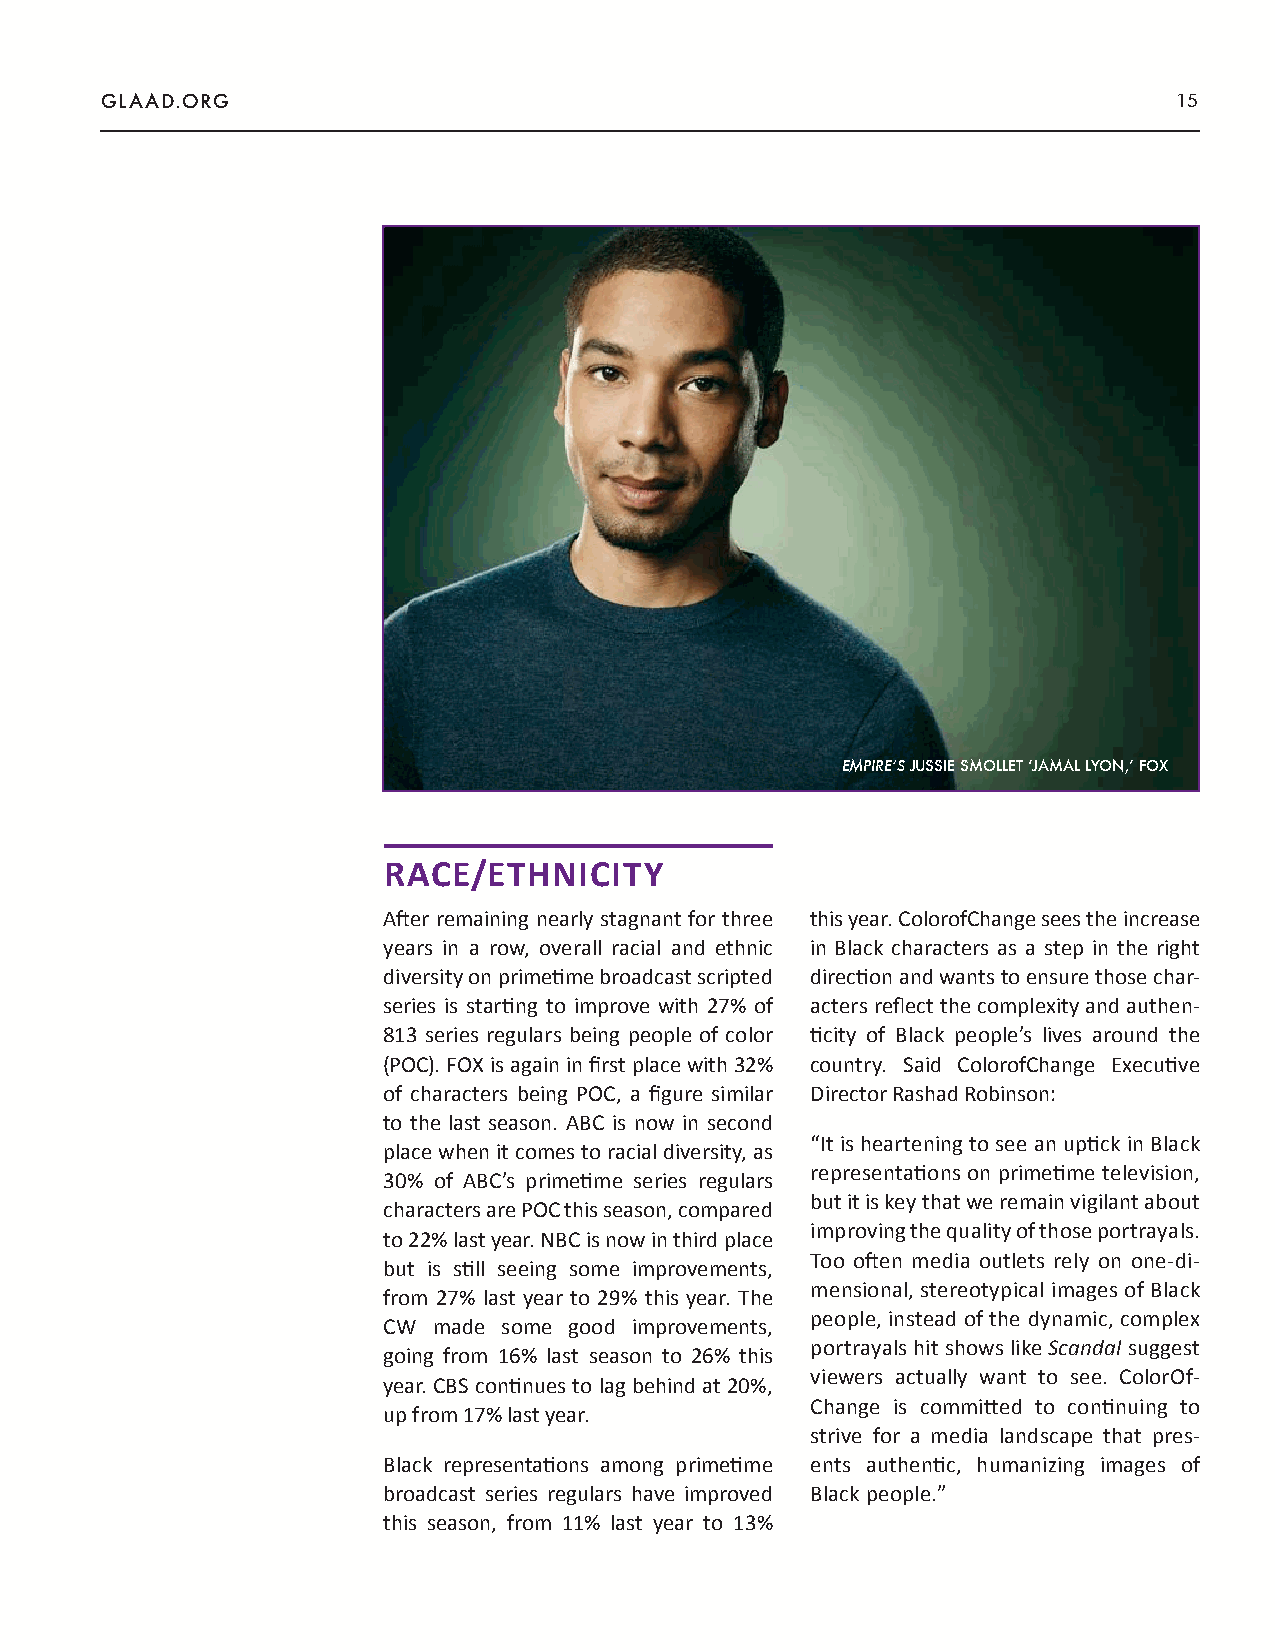
GLAAD.ORG                                                              15
 EMPIRE’S JUSSIE SMOLLET ‘JAMAL LYON,’ FOX
 RACE/ETHNICITY
 After remaining nearly stagnant for three this year. ColorofChange sees the increase
 years in a row, overall racial and ethnic in Black characters as a step in the right
 diversity on primetime broadcast scripted direction and wants to ensure those char-
 series is starting to improve with 27% of acters reflect the complexity and authen-
 813 series regulars being people of color ticity of Black people’s lives around the
 (POC). FOX is again in first place with 32% country. Said ColorofChange Executive
 of characters being POC, a figure similar Director Rashad Robinson:
 to the last season. ABC is now in second
 “It is heartening to see an uptick in Black
 place when it comes to racial diversity, as
 representations on primetime television,
 30% of ABC’s primetime series regulars
 but it is key that we remain vigilant about
 characters are POC this season, compared
 improving the quality of those portrayals.
 to 22% last year. NBC is now in third place
 Too often media outlets rely on one-di-
 but is still seeing some improvements,
 mensional, stereotypical images of Black
 from 27% last year to 29% this year. The
 people, instead of the dynamic, complex
 CW  made some good improvements,
 portrayals hit shows like Scandal suggest
 going from 16% last season to 26% this
 viewers actually want to see. ColorOf-
 year. CBS continues to lag behind at 20%,
 Change is committed to continuing to
 up from 17% last year.
 strive for a media landscape that pres-
 Black representations among primetime ents authentic, humanizing images of
 broadcast series regulars have improved Black people.”
 this season, from 11% last year to 13%